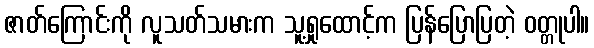
ဇာတ်ကြောင်းကို လူသတ်သမားက သူ့ရှုထောင့်က ပြန်ပြောပြတဲ့ ဝတ္တုပါ။